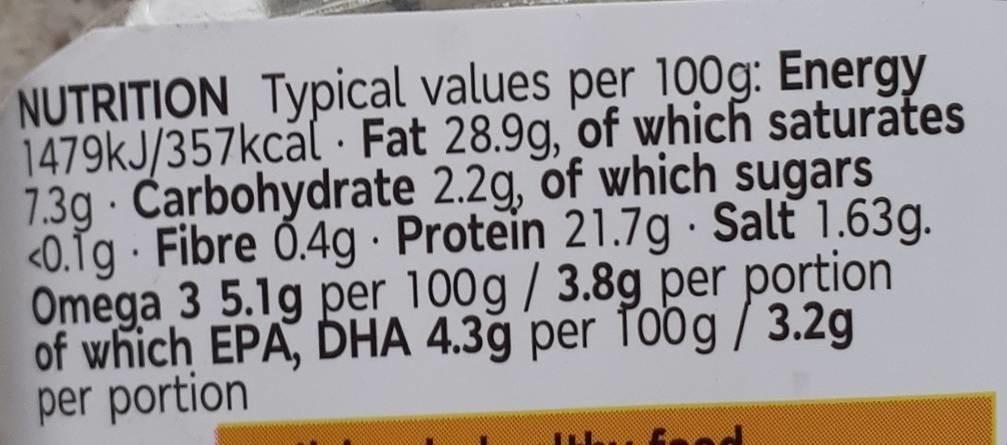
NUTRITION Typical values per 100g: Energy 1479kJ/357kcal Fat 28.9g, of which saturates 7.3g Carbohydrate 2.2g, of which sugars <0.1g Fibre 0.4g Protein 21.7g Salt 1.63g. Omega 3 5.1g per 100g / 3.8g per portion of which EPA, DHA 4.39 per 100g/3.2g per portion
T